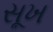
સૂખ